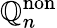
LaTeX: \mathbb{Q}_{n}^{\mathrm{non}}